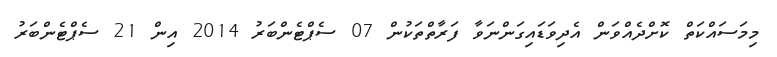
މިމަސައްކަތް ކޮށްދެއްވަން އެދިވަޑައިގަންނަވާ ފަރާތްތަކުން 07 ސެޕްޓެންބަރު 2014 އިން 21 ސެޕްޓެންބަރު